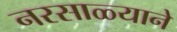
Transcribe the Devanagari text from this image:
नरसाळ्याने